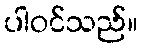
ပါဝင်သည်။